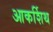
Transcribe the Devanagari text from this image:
आकर्शिथ